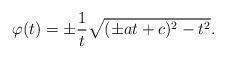
LaTeX: \begin{align*} \varphi(t) = \pm \frac{1}{t} \sqrt{(\pm a t+ c)^2 -t^2}.\end{align*}